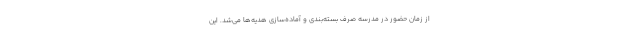
از زمان حضور در مدرسه صرف بسته‌بندی و آماده‌سازی هدیه‌ها می‌شد. این